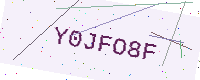
Text: Y0JFO8F